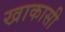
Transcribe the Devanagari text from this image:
खाकासी